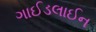
ગાઈડલાઈન